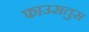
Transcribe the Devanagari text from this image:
फाउसतुस